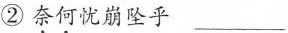
②\underset{·}{奈}\underset{·}{何}忧崩坠乎___